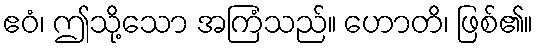
ဧဝံ၊ ဤသို့သော အကြံသည်။ ဟောတိ၊ ဖြစ်၏။